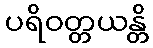
ပရိဝတ္တယန္တိ